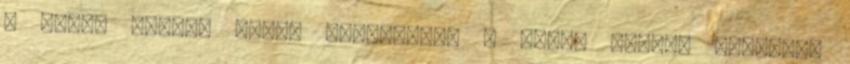
a sóska napról napra növekedett a kerti átjáró mellett,